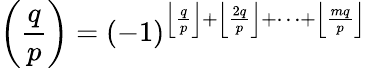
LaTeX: \left({\frac{q}{p}}\right)=(-1)^{\left\lfloor{\frac{q}{p}}\right\rfloor+\left\lfloor{\frac{2q}{p}}\right\rfloor+\dots+\left\lfloor{\frac{mq}{p}}\right\rfloor}